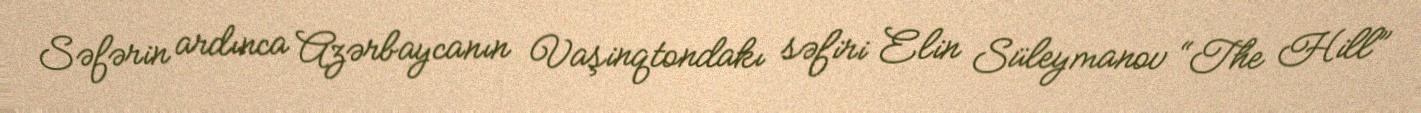
Səfərin ardınca Azərbaycanın Vaşinqtondakı səfiri Elin Süleymanov “The Hill”